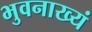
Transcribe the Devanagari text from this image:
भुवनाख्यं